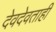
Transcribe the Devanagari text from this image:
देवदेवताही